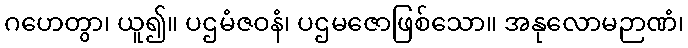
ဂဟေတွာ၊ ယူ၍။ ပဌမံဇဝနံ၊ ပဌမဇောဖြစ်သော။ အနုလောမဉာဏံ၊